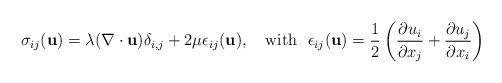
LaTeX: \begin{align*}\sigma_{ij}(\mathbf{ u}) = \lambda (\nabla\cdot \mathbf{ u}) \delta_{i,j} + 2\mu \epsilon_{ij}(\mathbf{ u}), ~~~ \textrm{with}~~\epsilon_{ij}(\mathbf{ u})=\frac{1}{2}\left( \frac{\partial u_i}{\partial x_j} + \frac{\partial u_j}{\partial x_i} \right)\end{align*}